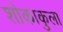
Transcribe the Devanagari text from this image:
शोकाकुला